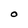
Character: O